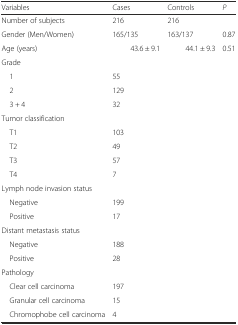
| Variables | Cases | Controls | P |
 | --- | --- | --- | --- |
 | Number of subjects | 216 | 216 |  |
 | Gender (Men/Women) | 165/135 | 163/137 | 0.87 |
 | Age (years) | 43.6 ± 9.1 | 44.1 ± 9.3 | 0.51 |
 | Grade |  |  |  |
 | 1 | 55 |  |  |
 | 2 | 129 |  |  |
 | 3 + 4 | 32 |  |  |
 | Tumor classification |  |  |  |
 | T1 | 103 |  |  |
 | T2 | 49 |  |  |
 | T3 | 57 |  |  |
 | T4 | 7 |  |  |
 | Lymph node invasion status |  |  |  |
 | Negative | 199 |  |  |
 | Positive | 17 |  |  |
 | Distant metastasis status |  |  |  |
 | Negative | 188 |  |  |
 | Positive | 28 |  |  |
 | Pathology |  |  |  |
 | Clear cell carcinoma | 197 |  |  |
 | Granular cell carcinoma | 15 |  |  |
 | Chromophobe cell carcinoma | 4 |  |  |